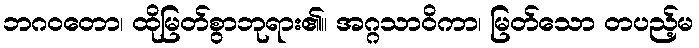
ဘဂဝတော၊ ထိုမြတ်စွာဘုရား၏။ အဂ္ဂသာဝိကာ၊ မြတ်သော တပည့်မ